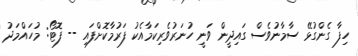
ހިފާ ގެންގުޅޭ ސާމާނުވެސް ގައިދީން ވަނީ ހުނަރުވެރިކަމާއެކު ފަރުމާކޮށްފައި -- ފޮޓޯ: މުހައްމަދު